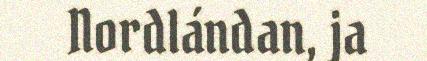
Nordlándan, ja